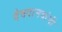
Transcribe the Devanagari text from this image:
देवदानवांनी